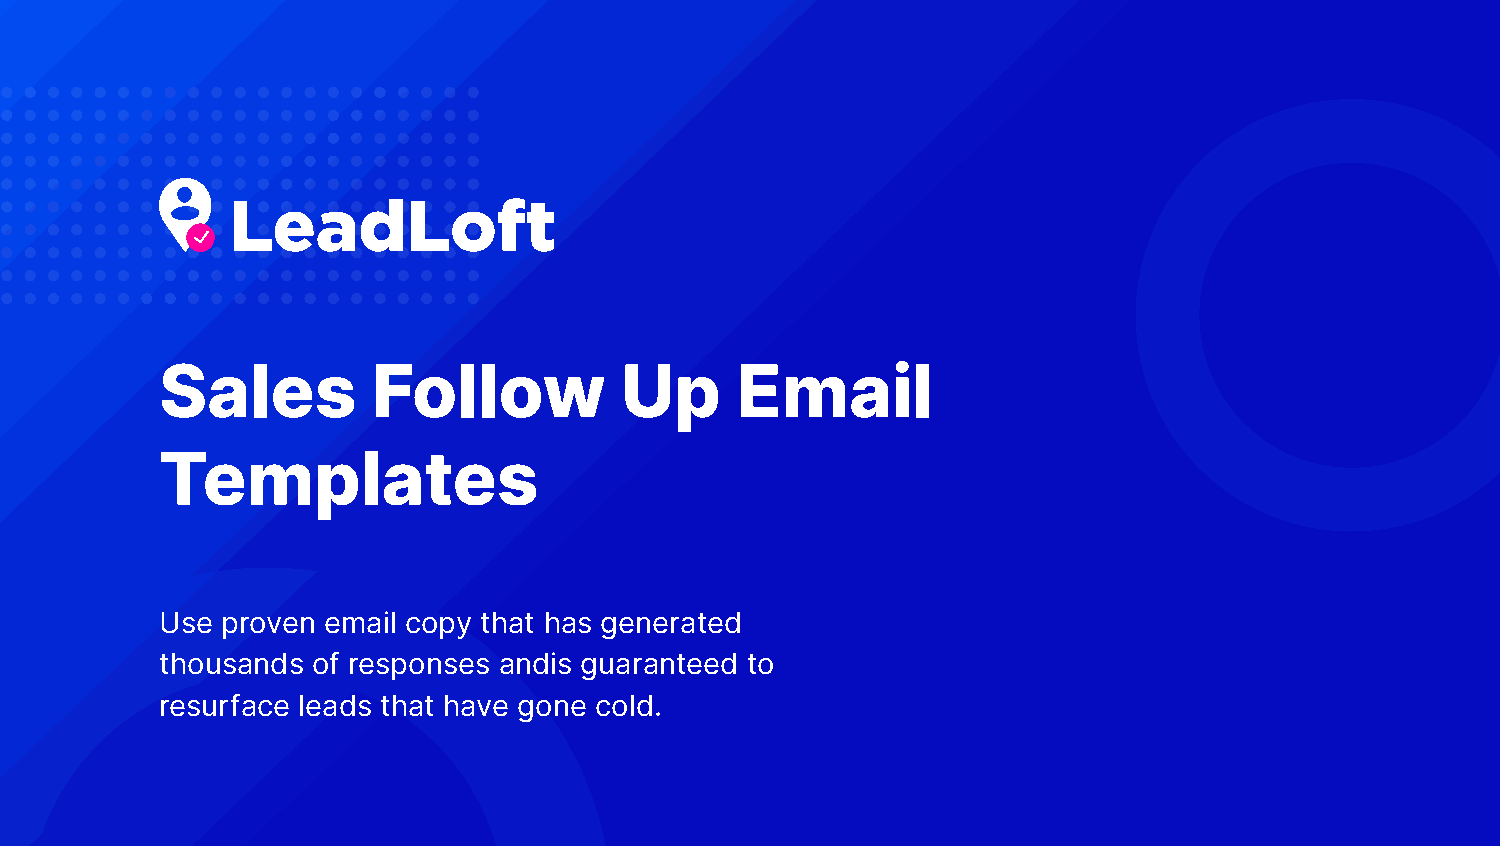
Sales         Follow          Up      Email
 Templates
 Use proven email copy that has generated
 thousands of responses andis guaranteed to
 resurface leads that have gone cold.